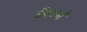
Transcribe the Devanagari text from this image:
अॅक्टानें